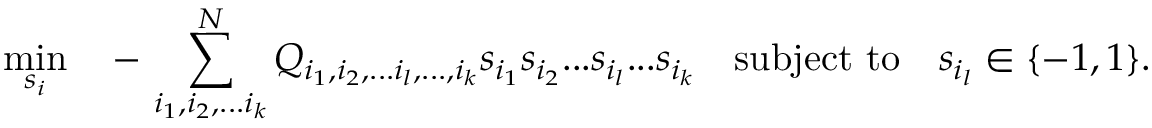
\operatorname* { m i n } _ { { s _ { i } } } \quad - \, \sum _ { i _ { 1 } , i _ { 2 } , . . . i _ { k } } ^ { N } Q _ { i _ { 1 } , i _ { 2 } , . . . i _ { l } , . . . , i _ { k } } s _ { i _ { 1 } } s _ { i _ { 2 } } . . . s _ { i _ { l } } . . . s _ { i _ { k } } \quad \mathrm { s u b j e c t } \ \mathrm { t o } \quad s _ { i _ { l } } \in \{ - 1 , 1 \} .